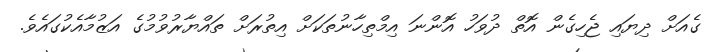
ގެއަށް ދިޔައި ޖެހިގެން އޮތް ދުވަހު އޮންނަ އިމްތިހާނުތަކަށް އިތުރަށް ތައްޔާރުވުމުގެ އަޒުމާއެކުގައެވެ.